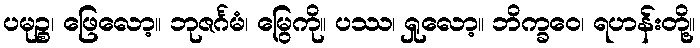
ပမုဉ္စ၊ ဖြေလော့။ ဘုဇင်္ဂမံ၊ မြွေကို။ ပဿ၊ ရှုလော့။ ဘိက္ခဝေ၊ ရဟန်းတို့။